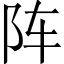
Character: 阵